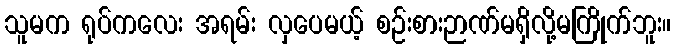
သူမက ရုပ်ကလေး အရမ်း လှပေမယ့် စဉ်းစားဉာဏ်မရှိလို့မကြိုက်ဘူး။